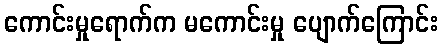
ကောင်းမှုရောက်က မကောင်းမှု ပျောက်ကြောင်း